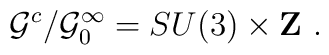
{\cal G}^c/{\cal G}_0^\infty =SU(3)\times {\bf Z\ }.